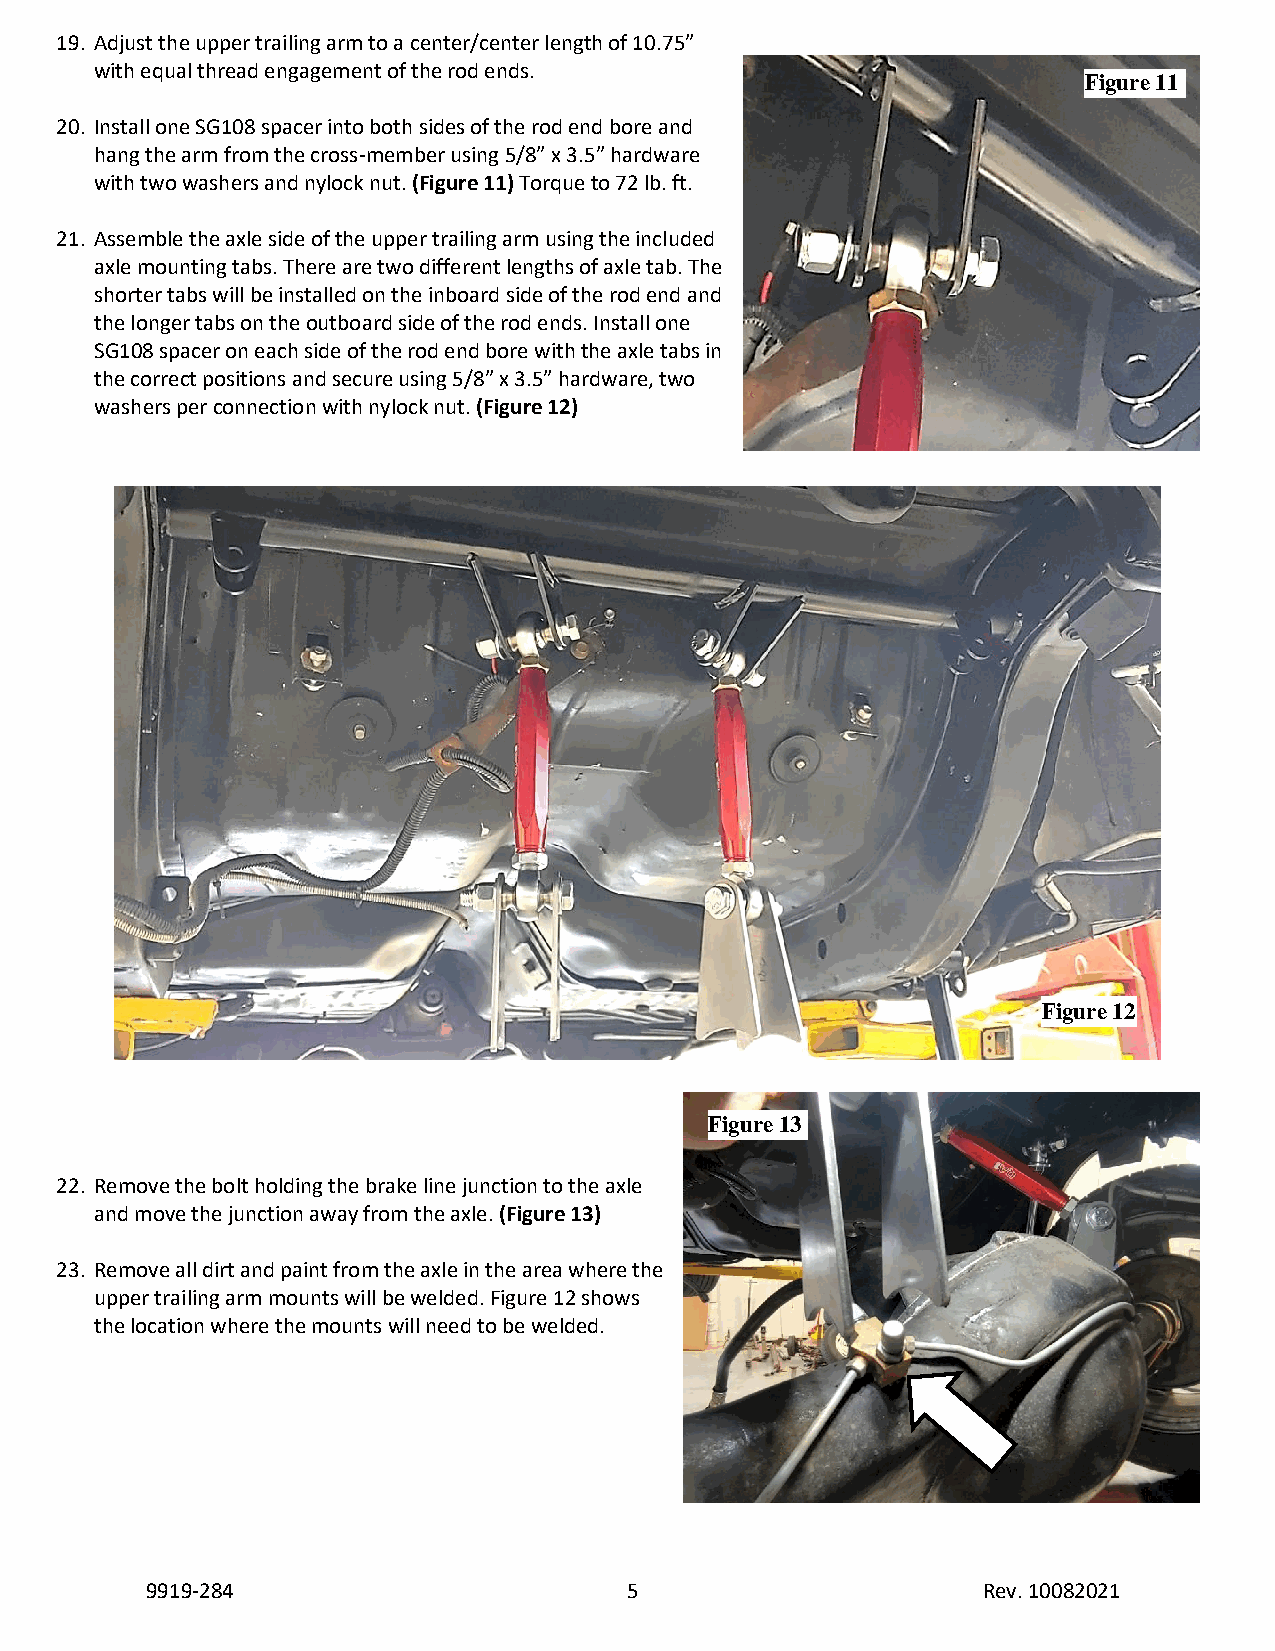
19. Adjust the upper trailing arm to a center/center length of 10.75”
 with equal thread engagement of the rod ends.
 Figure 11
 20. Install one SG108 spacer into both sides of the rod end bore and
 hang the arm from the cross-member using 5/8” x 3.5” hardware
 with two washers and nylock nut. (Figure 11) Torque to 72 lb. ft.
 21. Assemble the axle side of the upper trailing arm using the included
 axle mounting tabs. There are two different lengths of axle tab. The
 shorter tabs will be installed on the inboard side of the rod end and
 the longer tabs on the outboard side of the rod ends. Install one
 SG108 spacer on each side of the rod end bore with the axle tabs in
 the correct positions and secure using 5/8” x 3.5” hardware, two
 washers per connection with nylock nut. (Figure 12)
 Figure 12
 Figure 13
 22. Remove the bolt holding the brake line junction to the axle
 and move the junction away from the axle. (Figure 13)
 23. Remove all dirt and paint from the axle in the area where the
 upper trailing arm mounts will be welded. Figure 12 shows
 the location where the mounts will need to be welded.
 9919-284                        5                      Rev. 10082021